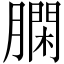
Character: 𦠯